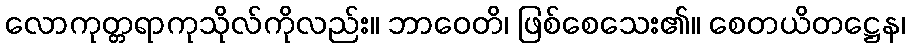
လောကုတ္တရာကုသိုလ်ကိုလည်း။ ဘာဝေတိ၊ ဖြစ်စေသေး၏။ စေတယိတဋ္ဌေန၊